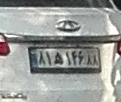
۸۱ه۱۴۶۸۸